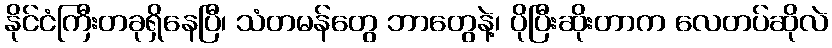
နိုင်ငံကြီးတခုရှိနေပြီ၊ သံတမန်တွေ ဘာတွေနဲ့၊ ပိုပြီးဆိုးတာက လေတပ်ဆိုလဲ